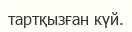
тартқызған күй.